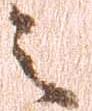
之